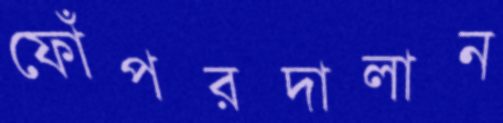
ফোঁপরদালান